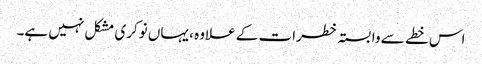
اس خطے سے وابستہ خطرات کے علاوہ ، یہاں نوکری مشکل نہیں ہے۔